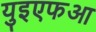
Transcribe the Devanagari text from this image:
युइएफआ